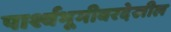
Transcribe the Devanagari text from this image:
पार्श्वभूमीवरदेखील